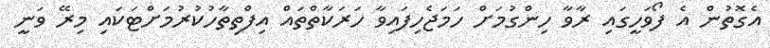
އެގޮތުން އެ ފޯވަހީގައި ރާވާ ހިންގުމަށް ހަމަޖެހިފައިވާ ހަރަކާތްތައް އިފްތިތާހުކުރުމަށްޓަކައި މިރޭ ވަނީ